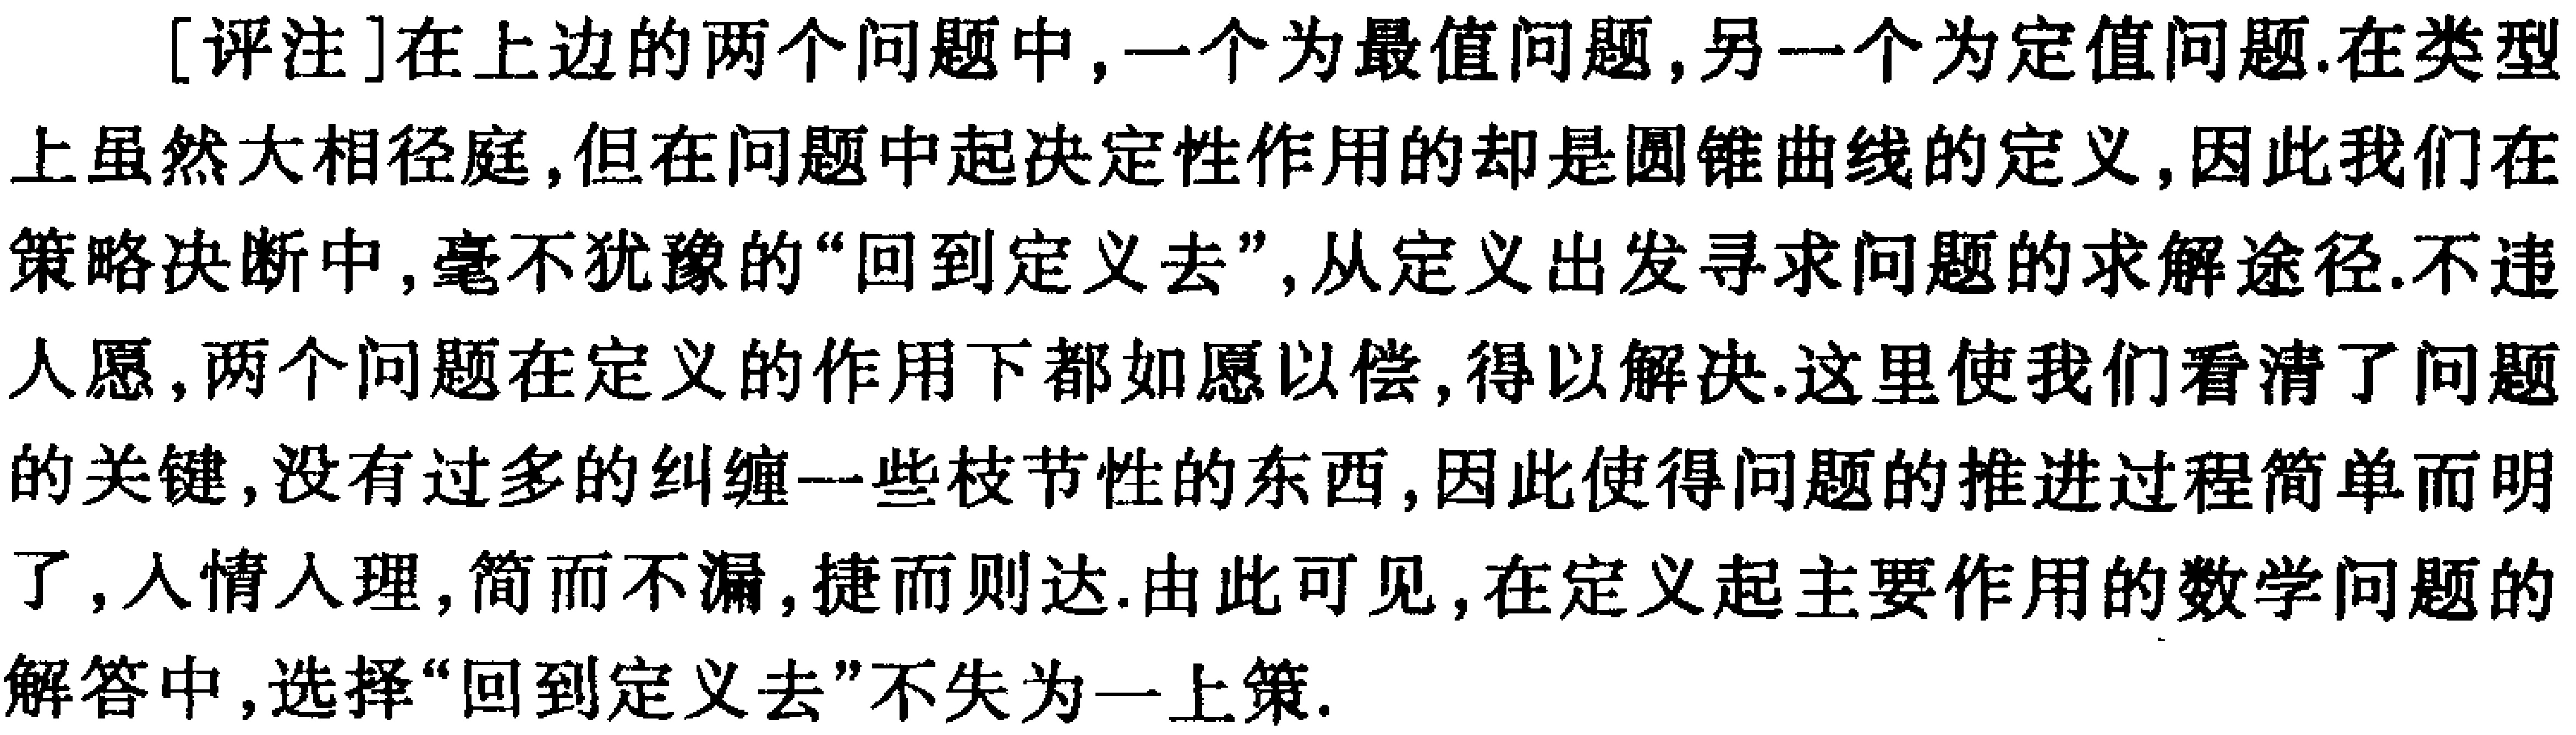
[评注]在上边的两个问题中,一个为最值问题,另一个为定值问题.在类型上虽然大相径庭,但在问题中起决定性作用的却是圆锥曲线的定义,因此我们在策略决断中,毫不犹豫的“回到定义去”,从定义出发寻求问题的求解途径.不违人愿,两个问题在定义的作用下都如愿以偿,得以解决.这里使我们看清了问题的关键,没有过多的纠缠一些枝节性的东西,因此使得问题的推进过程简单而明了,入情入理,简而不漏,捷而则达.由此可见,在定义起主要作用的数学问题的解答中,选择“回到定义去”不失为一上策.